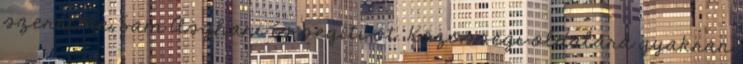
szerelme, Sam Asghari is segíti őt. Közösségi oldalára gyakran